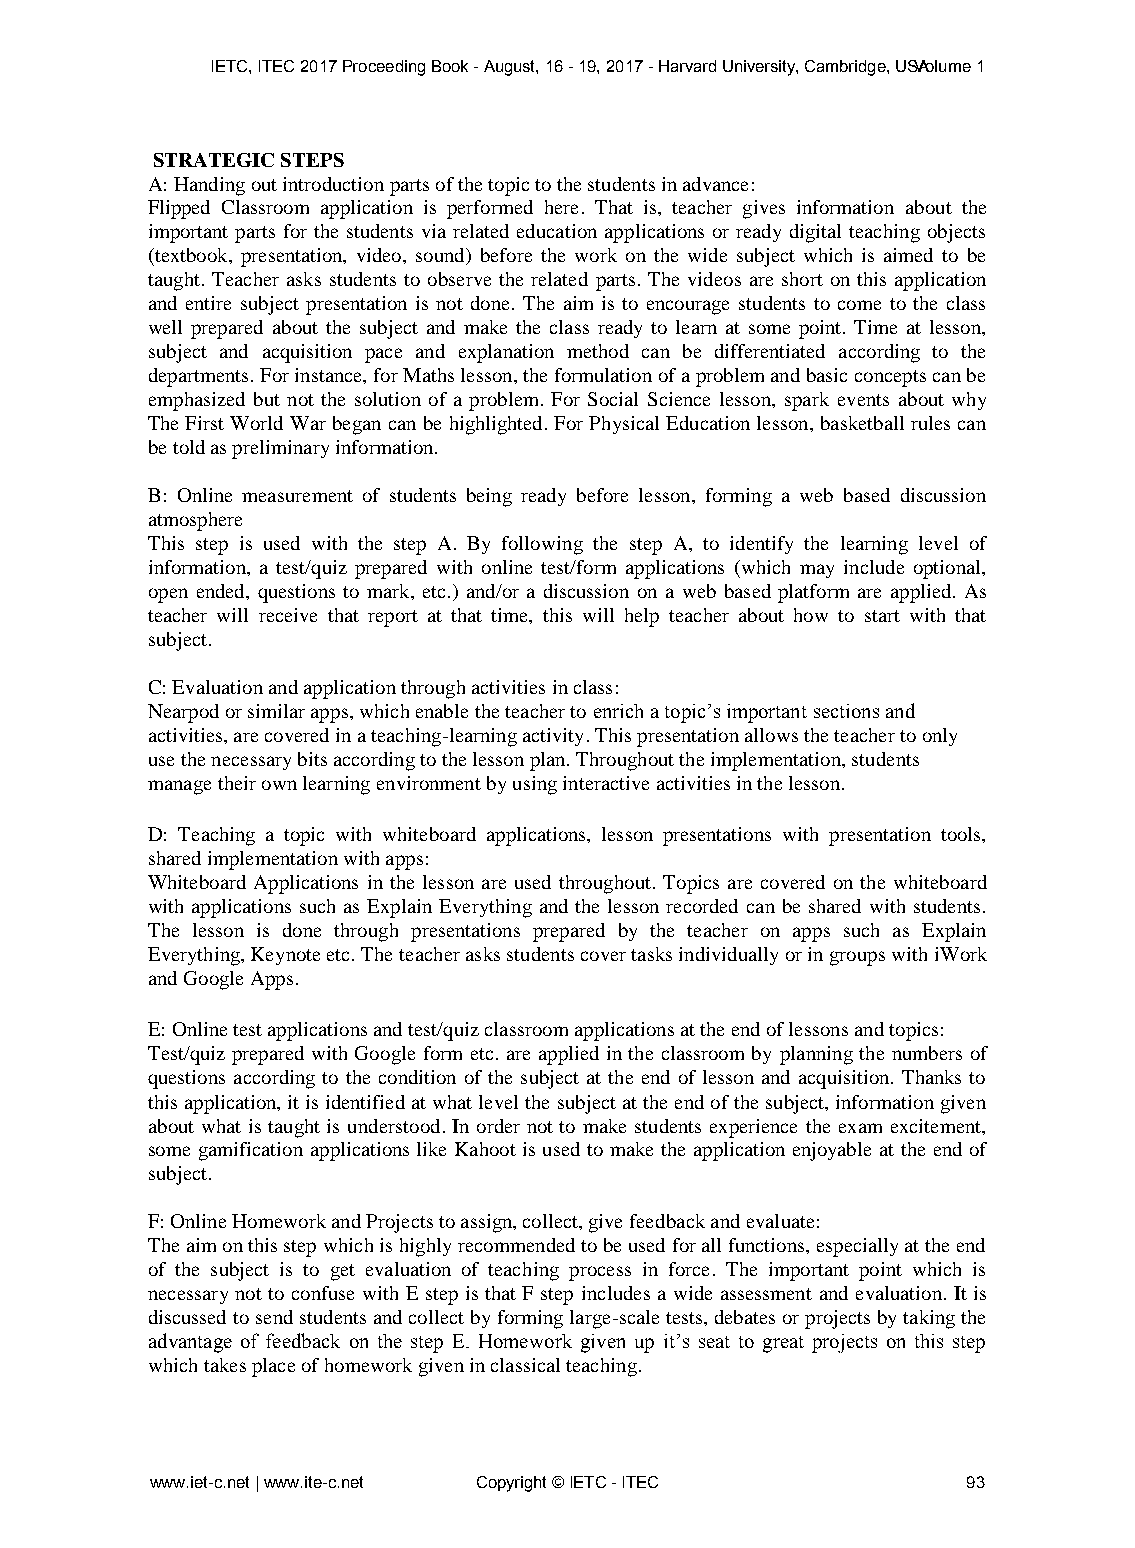
IETC, ITEC 2017 Proceeding Book - August, 16 - 19, 2017 - Harvard University, Cambridge, USVAolume 1
 STRATEGIC STEPS
 A: Handing out introduction parts of the topic to the students in advance:
 Flipped Classroom application is performed here. That is, teacher gives information about the
 important parts for the students via related education applications or ready digital teaching objects
 (textbook, presentation, video, sound) before the work on the wide subject which is aimed to be
 taught. Teacher asks students to observe the related parts. The videos are short on this application
 and entire subject presentation is not done. The aim is to encourage students to come to the class
 well prepared about the subject and make the class ready to learn at some point. Time at lesson,
 subject and acquisition pace and explanation method can be differentiated according to the
 departments. For instance, for Maths lesson, the formulation of a problem and basic concepts can be
 emphasized but not the solution of a problem. For Social Science lesson, spark events about why
 The First World War began can be highlighted. For Physical Education lesson, basketball rules can
 be told as preliminary information.
 B: Online measurement of students being ready before lesson, forming a web based discussion
 atmosphere
 This step is used with the step A. By following the step A, to identify the learning level of
 information, a test/quiz prepared with online test/form applications (which may include optional,
 open ended, questions to mark, etc.) and/or a discussion on a web based platform are applied. As
 teacher will receive that report at that time, this will help teacher about how to start with that
 subject.
 C: Evaluation and application through activities in class:
 Nearpod or similar apps, which enable the teacher to enrich a topic’s important sections and
 activities, are covered in a teaching-learning activity. This presentation allows the teacher to only
 use the necessary bits according to the lesson plan. Throughout the implementation, students
 manage their own learning environment by using interactive activities in the lesson.
 D: Teaching a topic with whiteboard applications, lesson presentations with presentation tools,
 shared implementation with apps:
 Whiteboard Applications in the lesson are used throughout. Topics are covered on the whiteboard
 with applications such as Explain Everything and the lesson recorded can be shared with students.
 The lesson is done through presentations prepared by the teacher on apps such as Explain
 Everything, Keynote etc. The teacher asks students cover tasks individually or in groups with iWork
 and Google Apps.
 E: Online test applications and test/quiz classroom applications at the end of lessons and topics:
 Test/quiz prepared with Google form etc. are applied in the classroom by planning the numbers of
 questions according to the condition of the subject at the end of lesson and acquisition. Thanks to
 this application, it is identified at what level the subject at the end of the subject, information given
 about what is taught is understood. In order not to make students experience the exam excitement,
 some gamification applications like Kahoot is used to make the application enjoyable at the end of
 subject.
 F: Online Homework and Projects to assign, collect, give feedback and evaluate:
 The aim on this step which is highly recommended to be used for all functions, especially at the end
 of the subject is to get evaluation of teaching process in force. The important point which is
 necessary not to confuse with E step is that F step includes a wide assessment and evaluation. It is
 discussed to send students and collect by forming large-scale tests, debates or projects by taking the
 advantage of feedback on the step E. Homework given up it’s seat to great projects on this step
 which takes place of homework given in classical teaching.
 www.iet-c.net | www.ite-c.net Copyright © IETC - ITEC 93